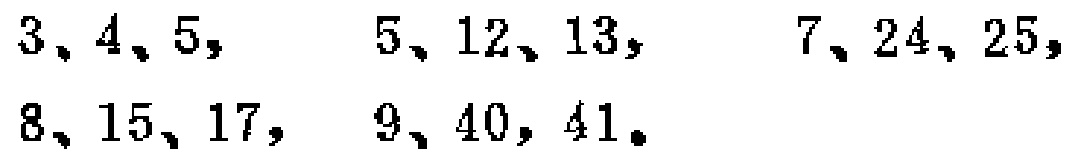
$3、4、5,$ $5、12、13,$ $7、24、25,$
$8、15、17,$ $9、40,41。$